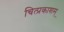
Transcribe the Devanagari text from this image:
चित्प्रकाशम्‌